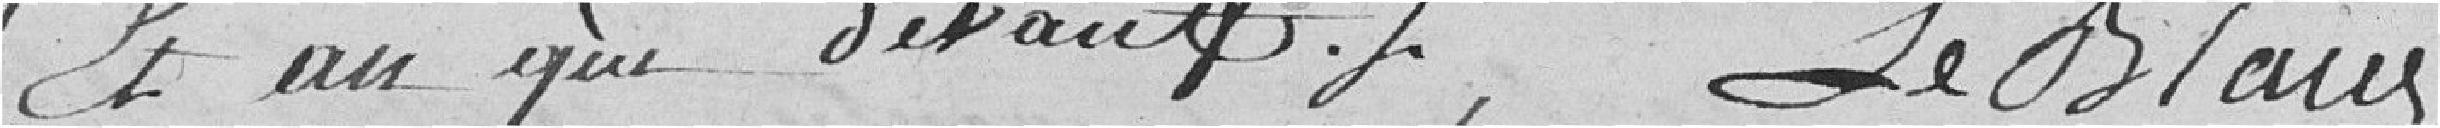
et an que devant. Le Blanc